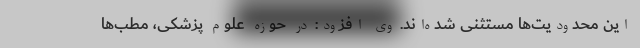
این محدودیت‌ها مستثنی شده‌اند. وی افزود: در حوزه علوم پزشکی، مطب‌ها